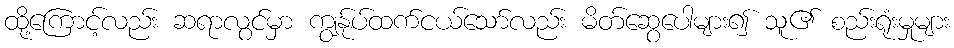
ထို့ကြောင့်လည်း ဆရာလွင်မှာ ကျွန်ုပ်ထက်ငယ်သော်လည်း မိတ်ဆွေပေါများ၍ သူ၏ စည်းရုံးမှုများ